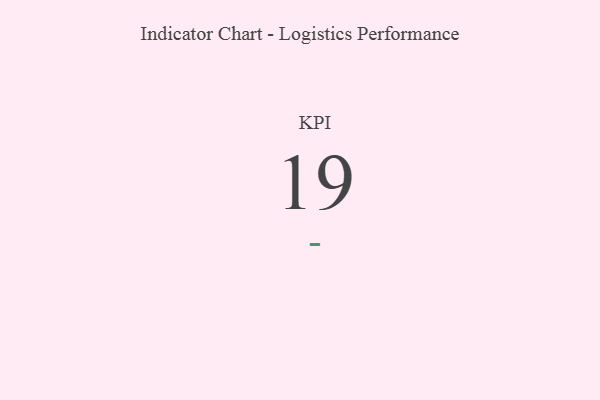
{"axis": {"x": "KPI", "y": "Value"}, "legend": [""], "data": [{"x": "KPI", "y": 19, "type": ""}]}